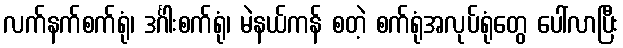
လက်နက်စက်ရုံ၊ ဒင်္ဂါးစက်ရုံ၊ မဲနယ်ကန် စတဲ့ စက်ရုံအလုပ်ရုံတွေ ပေါ်လာပြီး